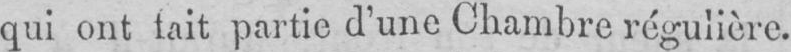
qui ont tait partie d’une Chambre régulière.